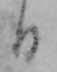
日